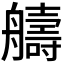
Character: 𫇠